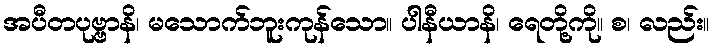
အပီတပုဗ္ဗာနိ၊ မသောက်ဘူးကုန်သော။ ပါနီယာနိ၊ ရေတို့ကို။ စ၊ လည်း။